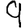
Digit: 9